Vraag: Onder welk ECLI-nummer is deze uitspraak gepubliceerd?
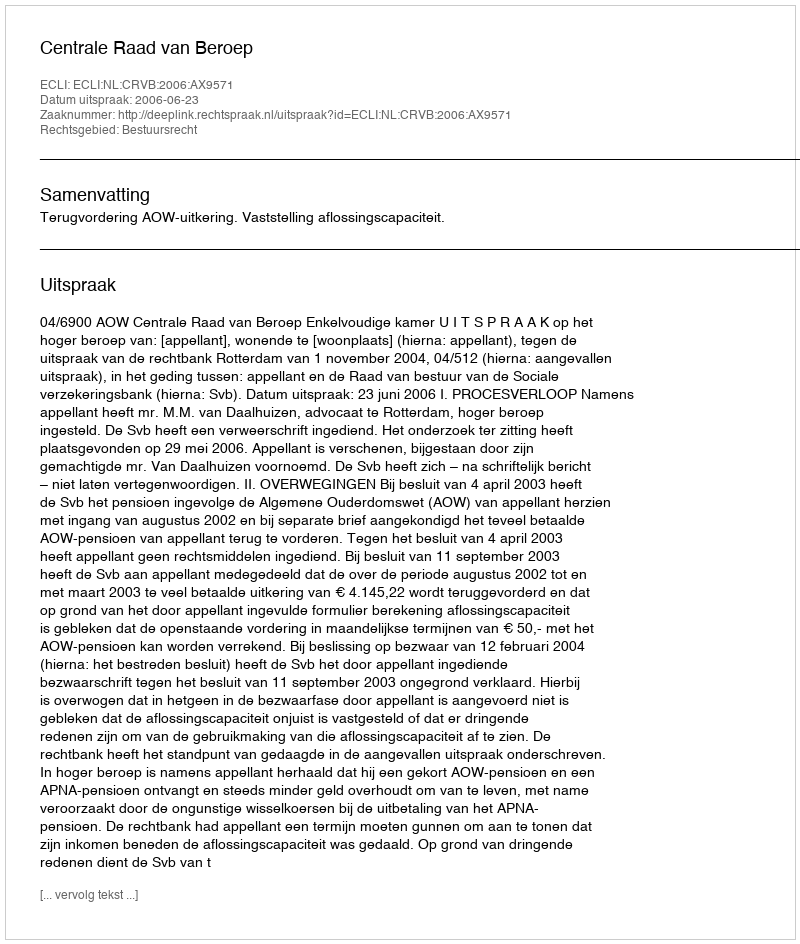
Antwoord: ECLI:NL:CRVB:2006:AX9571